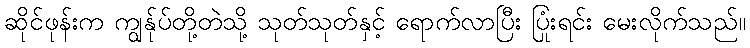
ဆိုင်ဖုန်းက ကျွန်ုပ်တို့တဲသို့ သုတ်သုတ်နှင့် ရောက်လာပြီး ပြုံးရင်း မေးလိုက်သည်။